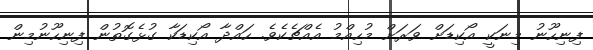
ފިނިހޫނު މިނަކީ އޯކިޑަށް ވަރަށް މުހިއްމު އެއްޗެކެވެ. ހައްދާ އޯކިޑަކާ ގުޅެގޮތުން ފިނިހޫނުމިން